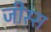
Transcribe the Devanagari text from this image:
जीस्स